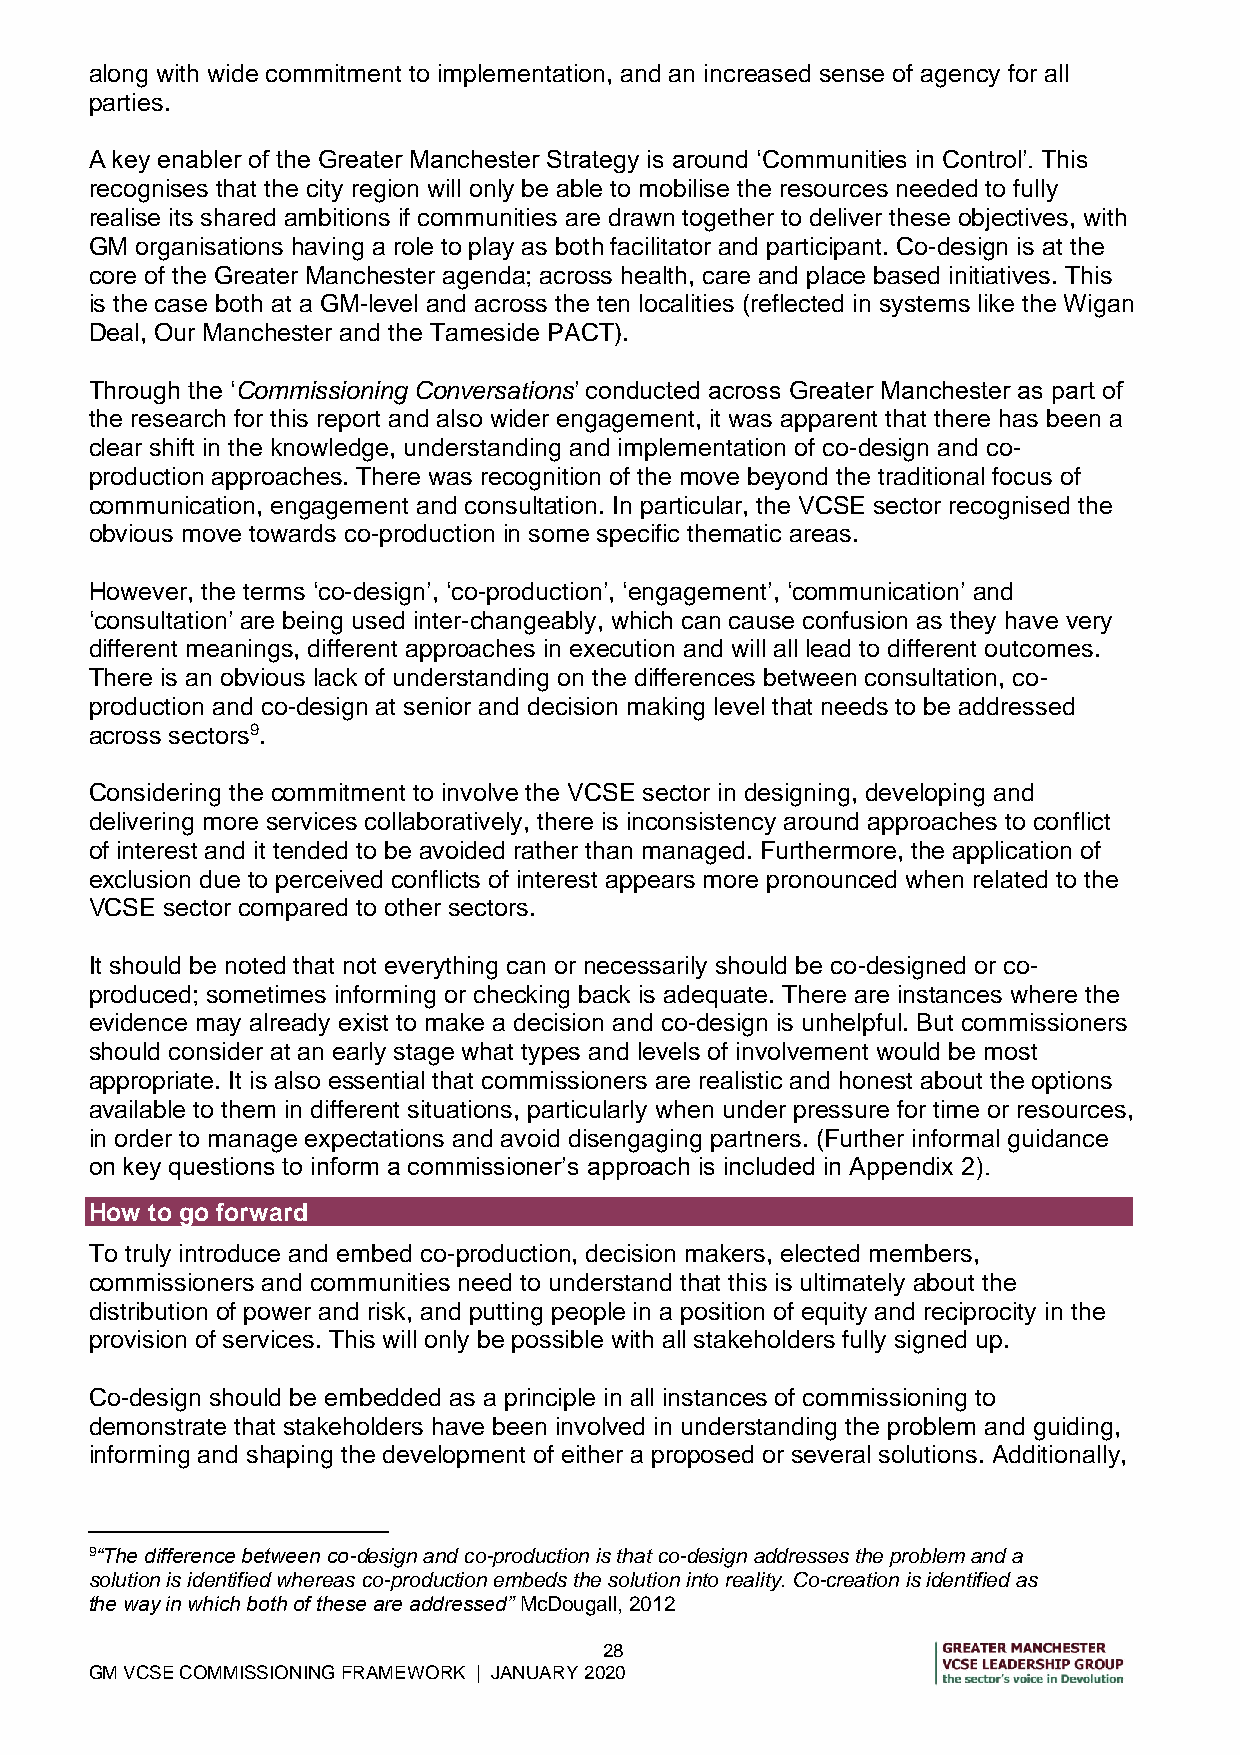
along with wide commitment to implementation, and an increased sense of agency for all
 parties.
 A key enabler of the Greater Manchester Strategy is around ‘Communities in Control’. This
 recognises that the city region will only be able to mobilise the resources needed to fully
 realise its shared ambitions if communities are drawn together to deliver these objectives, with
 GM organisations having a role to play as both facilitator and participant. Co-design is at the
 core of the Greater Manchester agenda; across health, care and place based initiatives. This
 is the case both at a GM-level and across the ten localities (reflected in systems like the Wigan
 Deal, Our Manchester and the Tameside PACT).
 Through the ‘Commissioning Conversations’ conducted across Greater Manchester as part of
 the research for this report and also wider engagement, it was apparent that there has been a
 clear shift in the knowledge, understanding and implementation of co-design and co-
 production approaches. There was recognition of the move beyond the traditional focus of
 communication, engagement and consultation. In particular, the VCSE sector recognised the
 obvious move towards co-production in some specific thematic areas.
 However, the terms ‘co-design’, ‘co-production’, ‘engagement’, ‘communication’ and
 ‘consultation’ are being used inter-changeably, which can cause confusion as they have very
 different meanings, different approaches in execution and will all lead to different outcomes.
 There is an obvious lack of understanding on the differences between consultation, co-
 production and co-design at senior and decision making level that needs to be addressed
 across sectors9.
 Considering the commitment to involve the VCSE sector in designing, developing and
 delivering more services collaboratively, there is inconsistency around approaches to conflict
 of interest and it tended to be avoided rather than managed. Furthermore, the application of
 exclusion due to perceived conflicts of interest appears more pronounced when related to the
 VCSE sector compared to other sectors.
 It should be noted that not everything can or necessarily should be co-designed or co-
 produced; sometimes informing or checking back is adequate. There are instances where the
 evidence may already exist to make a decision and co-design is unhelpful. But commissioners
 should consider at an early stage what types and levels of involvement would be most
 appropriate. It is also essential that commissioners are realistic and honest about the options
 available to them in different situations, particularly when under pressure for time or resources,
 in order to manage expectations and avoid disengaging partners. (Further informal guidance
 on key questions to inform a commissioner’s approach is included in Appendix 2).
 How to go forward
 To truly introduce and embed co-production, decision makers, elected members,
 commissioners and communities need to understand that this is ultimately about the
 distribution of power and risk, and putting people in a position of equity and reciprocity in the
 provision of services. This will only be possible with all stakeholders fully signed up.
 Co-design should be embedded as a principle in all instances of commissioning to
 demonstrate that stakeholders have been involved in understanding the problem and guiding,
 informing and shaping the development of either a proposed or several solutions. Additionally,
 9“The difference between co-design and co-production is that co-design addresses the problem and a
 solution is identified whereas co-production embeds the solution into reality. Co-creation is identified as
 the way in which both of these are addressed” McDougall, 2012
 28
 GM VCSE COMMISSIONING FRAMEWORK | JANUARY 2020